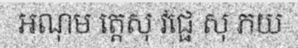
អណុម ត្តេសុ វជ្ផេ សុ ភយ